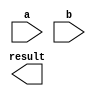
module booth_multiplier(
    input [31:0] a,
    input [31:0] b,
    output reg [63:0] result
);

// Booth multiplier circuit implementation

// Add your Verilog code here

endmodule